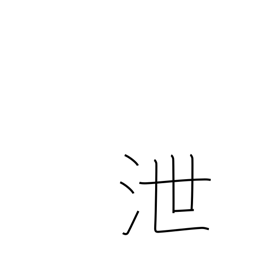
Meaning: leak